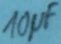
Text: 10µF